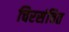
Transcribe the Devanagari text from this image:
चिरसंचित